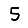
Digit: 5